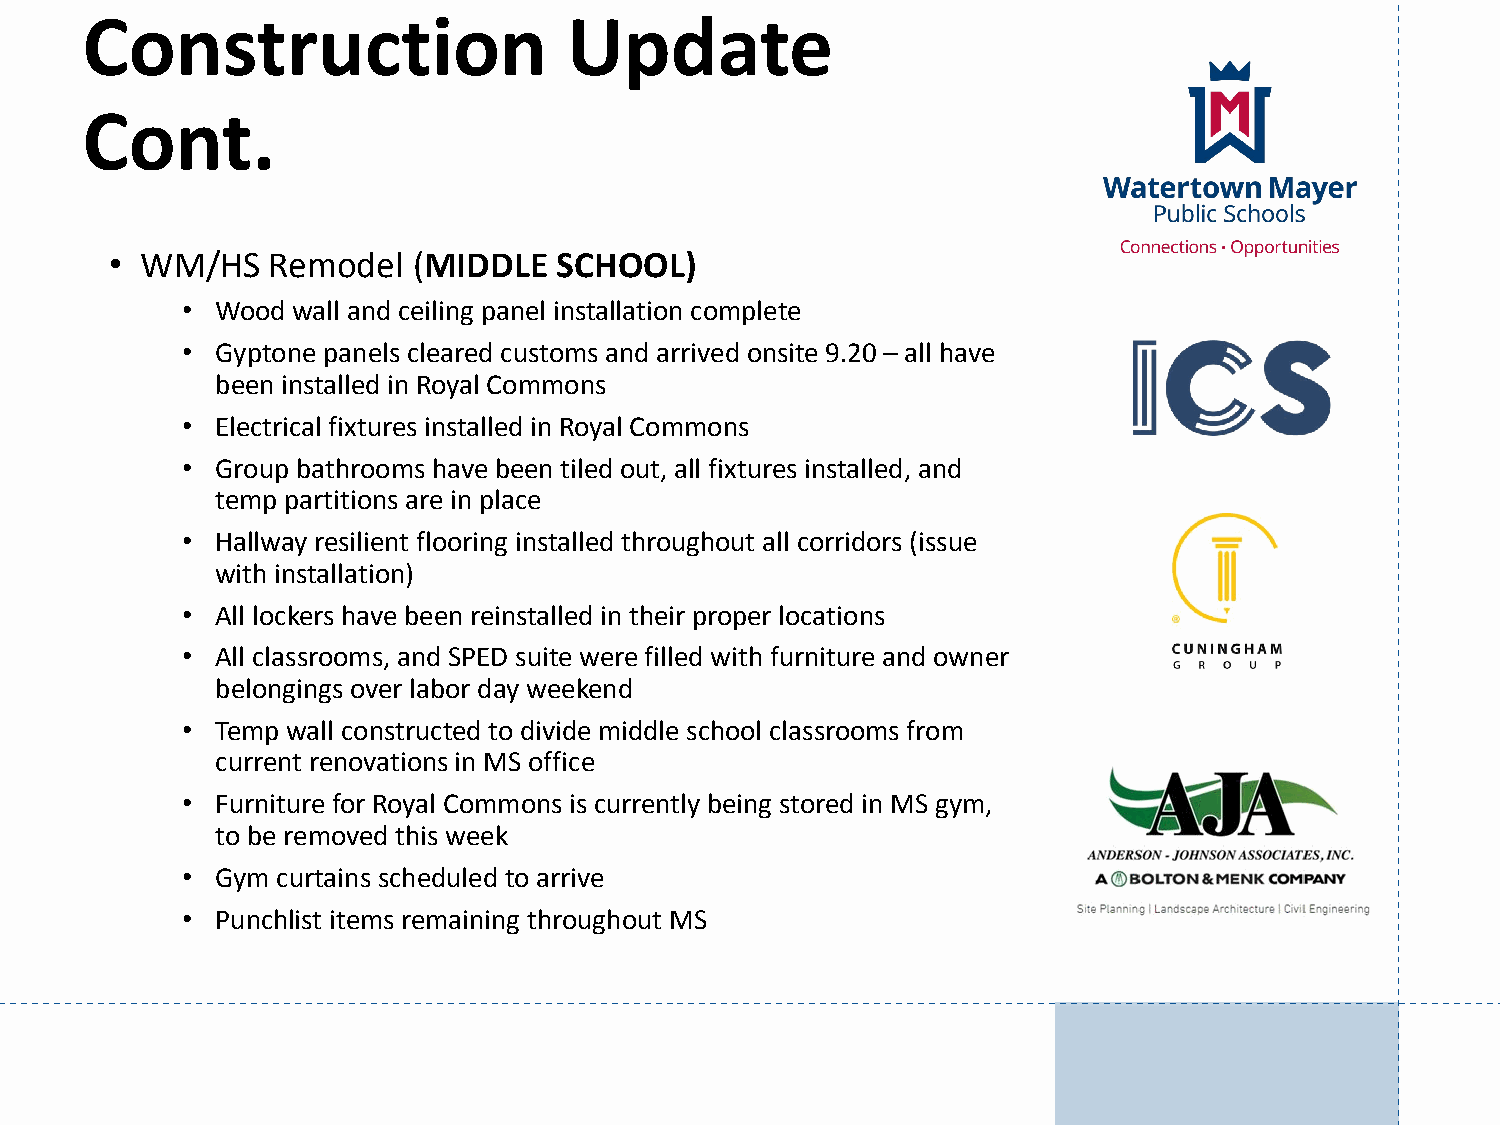
Construction                     Update
 Cont.
 • WM/HS    Remodel  (MIDDLE   SCHOOL)
 • Wood wall and ceiling panel installation complete
 • Gyptone panels cleared customs and arrived onsite 9.20 – all have
 been installed in Royal Commons
 • Electrical fixtures installed in Royal Commons
 • Group bathrooms have been tiled out, all fixtures installed, and
 temp partitions are in place
 • Hallway resilient flooring installed throughout all corridors (issue
 with installation)
 • All lockers have been reinstalled in their proper locations
 • All classrooms, and SPED suite were filled with furniture and owner
 belongings over labor day weekend
 • Temp wall constructed to divide middle school classrooms from
 current renovations in MS office
 • Furniture for Royal Commons is currently being stored in MS gym,
 to be removed this week
 • Gym curtains scheduled to arrive
 • Punchlist items remaining throughout MS